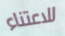
للاعتناء